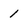
Character: 1